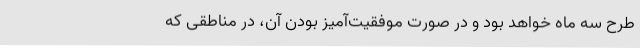
طرح سه ماه خواهد بود و در صورت موفقیت‌آمیز بودن آن، در مناطقی که